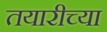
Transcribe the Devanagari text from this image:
तयारीच्या